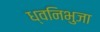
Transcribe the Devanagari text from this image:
ध्वनिभुजा